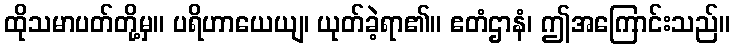
ထိုသမာပတ်တို့မှ။ ပရိဟာယေယျ၊ ယုတ်ခဲ့ရာ၏။ ဧတံဌာနံ၊ ဤအကြောင်းသည်။